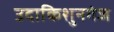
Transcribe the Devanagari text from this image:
उदाकिशुनगंज